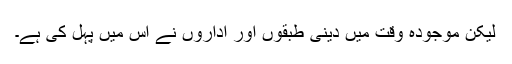
لیکن موجودہ وقت میں دینی طبقوں اور اداروں نے اس میں پہل کی ہے۔